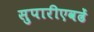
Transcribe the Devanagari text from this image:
सुपारीएवढें